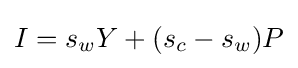
I=\displaystyle s_{w}Y+(s_{c}-s_{w})P